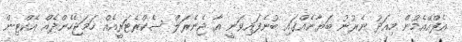
އެފްއޭއެމުން މިއަދު ނެރުނު ބަޔާނެއްގައި ބުނެފައިވަނީ އާ ޖެނެރަލް ސެކްރެޓަރީއެއް ހަމަޖެހެންދެއް އެކްޓިން